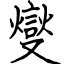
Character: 燮